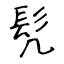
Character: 髠